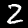
Label: 2